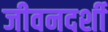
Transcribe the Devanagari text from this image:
जीवनदर्शी